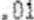
.01